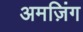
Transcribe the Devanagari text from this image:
अमज़िंग